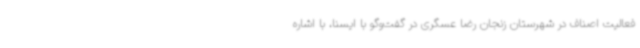
فعالیت اصناف در شهرستان زنجان رضا عسگری در گفت‌وگو با ایسنا، با اشاره